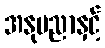
အနုပညာနှင့်